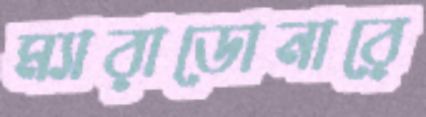
ম্যারাডোনারে